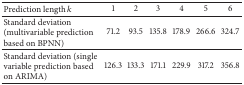
<table><thead><tr><td><b>Prediction length <i>k</i></b></td><td><b>1</b></td><td><b>2</b></td><td><b>3</b></td><td><b>4</b></td><td><b>5</b></td><td><b>6</b></td></tr></thead><tbody><tr><td>Standard deviation (multivariable prediction based on BPNN)</td><td>71.2</td><td>93.5</td><td>135.8</td><td>178.9</td><td>266.6</td><td>324.7</td></tr><tr><td>Standard deviation (single variable prediction based on ARIMA)</td><td>126.3</td><td>133.3</td><td>171.1</td><td>229.9</td><td>317.2</td><td>356.8</td></tr></tbody></table>